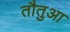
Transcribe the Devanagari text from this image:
तौतुआ